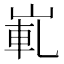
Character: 𡸲